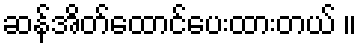
ဆန်အိတ်ထောင်ပေးထားတယ် ။